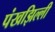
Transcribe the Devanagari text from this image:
पंखझिल्ली